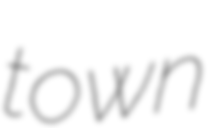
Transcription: town